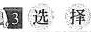
3.选择